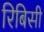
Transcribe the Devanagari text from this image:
रिबिसी